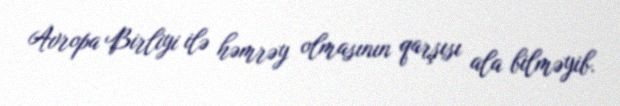
Avropa Birliyi ilə həmrəy olmasının qarşısı ala bilməyib.